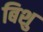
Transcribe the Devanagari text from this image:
बिशु